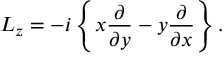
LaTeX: L _ { z } = - i \left\{ x { \frac { \partial } { \partial y } } - y { \frac { \partial } { \partial x } } \right\} .